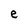
Character: e